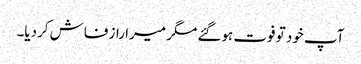
آپ خود تو فوت ہوگئے مگر میرا راز فاش کردیا۔